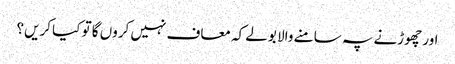
اور چھوڑنے پہ سامنے والا بولے کہ معاف نہیں کروں گا تو کیا کریں؟